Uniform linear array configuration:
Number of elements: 48
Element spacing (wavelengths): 0.25
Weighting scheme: hamming
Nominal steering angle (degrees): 30
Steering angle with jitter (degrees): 28.188
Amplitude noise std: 0.05
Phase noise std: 0.05

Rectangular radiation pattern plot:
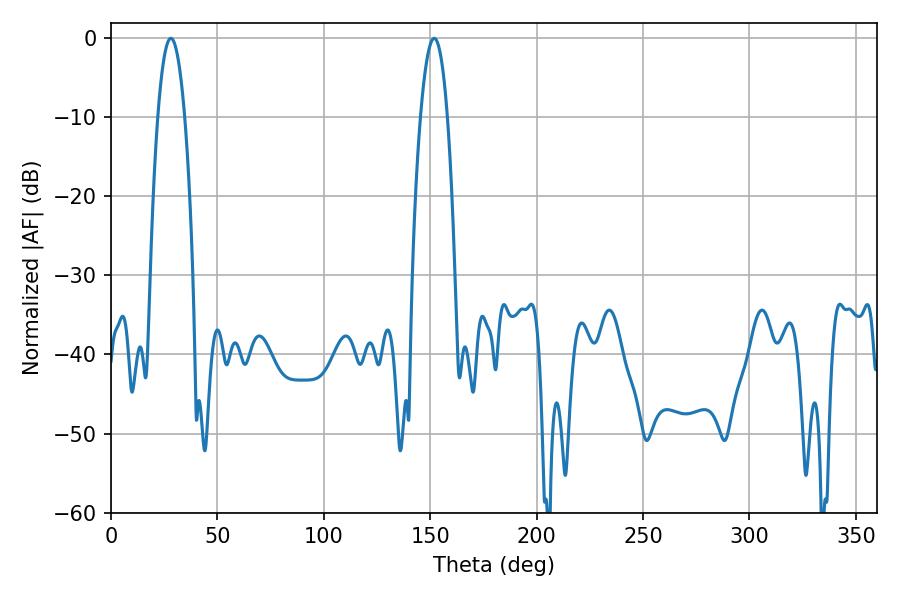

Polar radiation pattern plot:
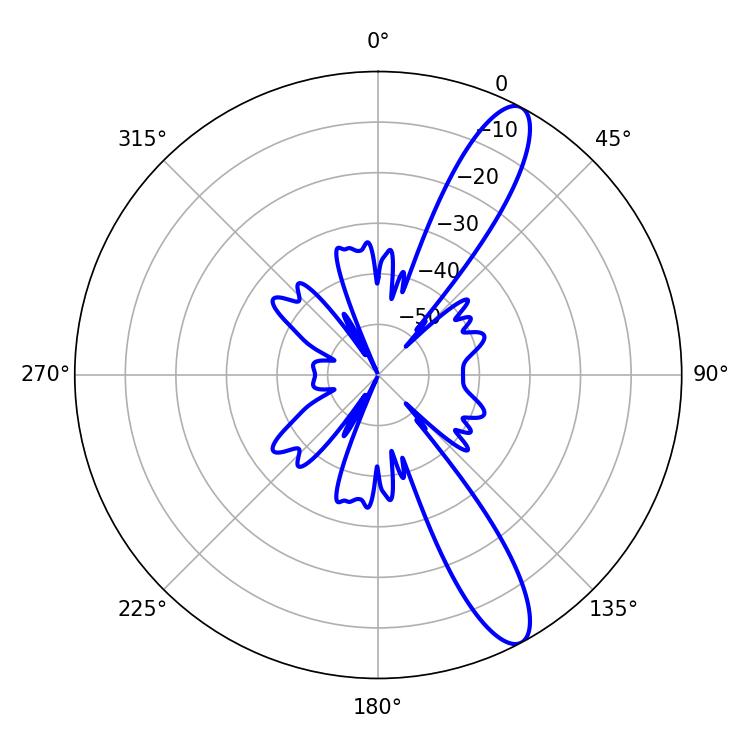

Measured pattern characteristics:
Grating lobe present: FALSE
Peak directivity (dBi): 12.083
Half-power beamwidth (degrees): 7.02
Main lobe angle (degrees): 151.92